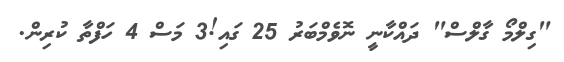
"ގިލްމޯ ގާލްސް" ދައްކާނީ ނޮވެމްބަރު 25 ގައި!3 މަސް 4 ހަފްތާ ކުރިން.